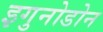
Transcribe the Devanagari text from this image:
इगुनोडोन